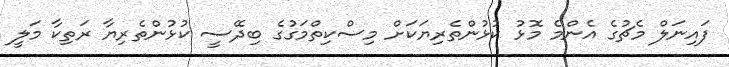
ފައިނަލް މެޗުގެ އެންމެ މޮޅު ކުޅުންތެރިޔަކަށް މިސްކިތްމަގުގެ ބިދޭސީ ކުޅުންތެރިޔާ ރަތިކާ މަލީ